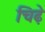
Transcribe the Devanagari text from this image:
चिढ़े